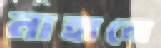
নাহানো